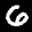
Digit: 6